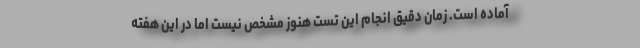
آماده است. زمان دقیق انجام این تست هنوز مشخص نیست اما در این هفته